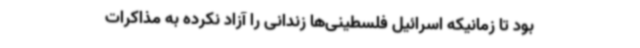
بود تا زمانیکه اسرائیل فلسطینی‌ها زندانی را آزاد نکرده به مذاکرات